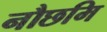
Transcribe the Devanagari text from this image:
नौछमि